Annual report on the working of the lock hospitals in the North-Western Provinces and Oudh
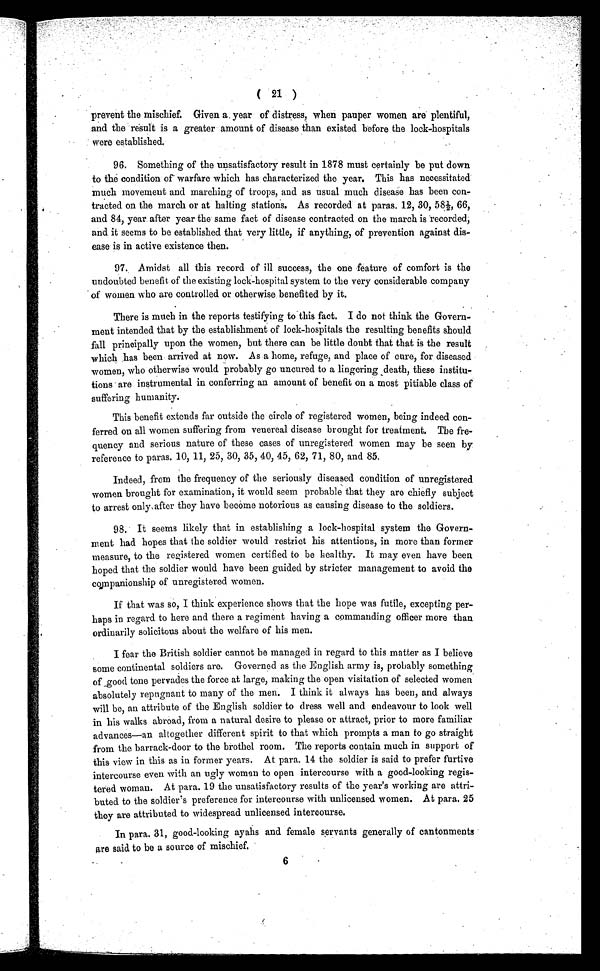
( 21 )
prevent the mischief. Given year of distress, when pauper women are plentiful,
and the result is a greater amount of disease than existed before the lock-hospitals
were established.
96. Something of the unsatisfactory result in 1878 must certainly be put down
to the condition of warfare which has characterized the year. This has necessitated
much movement and marching of troops, and as usual much disease has been con-
tracted on the march or at halting stations. As recorded at paras. 12, 30, 58½, 66,
and 84, year after year the same fact of disease contracted on the march is recorded,
and it seems to be established that very little, if anything, of prevention against dis-
ease is in active existence then.
97. Amidst all this record of ill success, the one feature of comfort is the
undoubted benefit of the existing lock-hospital system to the very considerable company
of women who are controlled or otherwise benefited by it.
There is much in the reports testifying to this fact. I do not think the Govern-
ment intended that by the establishment of lock-hospitals the resulting benefits should
fall principally upon the women, but there can be little doubt that that is the result
which has been arrived at now. As a home, refuge, and place of cure, for diseased
women, who otherwise would probably go uncured to a lingering death, these institu-
tions are instrumental in conferring an amount of benefit on a most pitiable class of
suffering humanity.
This benefit extends far outside the circle of registered women, being indeed con-
ferred on all women suffering from venereal disease brought for treatment. The fre-
quency and serious nature of these cases of unregistered women may be seen by
reference to paras. 10, 11, 25, 30, 35, 40, 45, 62, 71, 80, and 85.
Indeed, from the frequency of the seriously diseased condition of unregistered
women brought for examination, it would seem probable that they are chiefly subject
to arrest only after they have become notorious as causing disease to the soldiers.
98. It seems likely that in establishing a lock-hospital system the Govern-
ment had hopes that the soldier would restrict his attentions, in more than former
measure, to the registered women certified to be healthy. It may even have been
hoped that the soldier would have been guided by stricter management to avoid the
companionship of unregistered women.
If that was so, I think experience shows that the hope was futile, excepting per-
haps in regard to here and there a regiment having a commanding officer more than
ordinarily solicitous about the welfare of his men.
I fear the British soldier cannot be managed in regard to this matter as I believe
some continental soldiers are. Governed as the English army is, probably something
of good tone pervades the force at large, making the open visitation of selected women
absolutely repugnant to many of the men. I think it always has been, and always
will be, an attribute of the English soldier to dress well and endeavour to look well
in his walks abroad, from a natural desire to please or attract, prior to more familiar
advances—an altogether different spirit to that which prompts a man to go straight
from the barrack-door to the brothel room. The reports contain much in support of
this view in this as in former years. At para. 14 the soldier is said to prefer furtive
intercourse even with an ugly woman to open intercourse with a good-looking regis-
tered woman. At para. 19 the unsatisfactory results of the year's working are attri-
buted to the soldier's preference for intercourse with unlicensed women. At para, 25
they are attributed to widespread unlicensed intercourse.
In para. 31, good-looking ayahs and female servants generally of cantonments
are said to be a source of mischief.
6